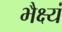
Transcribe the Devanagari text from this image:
भैक्ष्यं